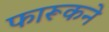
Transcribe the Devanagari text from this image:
फारूकने